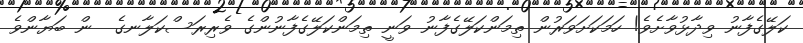
ކަލޭގެފާނު ވިދާޅުވާށެވެ! ހަމަކަށަވަރުން ތިމަންކަލޭގެފާނު ވަނީ ތިމަންކަލޭގެފާނުންގެ ވެރިރަސްކަލާނގެ  ން ބަޔާންވެ